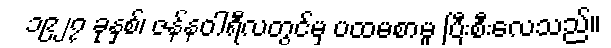
၁၉၂၇ ခုနှစ်၊ ဇန်နဝါရီလတွင်မှ ပထမစာမူ ပြီးစီးလေသည်။